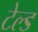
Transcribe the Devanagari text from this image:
टेल्ड